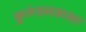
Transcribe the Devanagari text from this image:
कुरुंदवाडाला